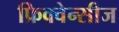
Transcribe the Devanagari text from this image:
फ्रिक्वेन्सीज